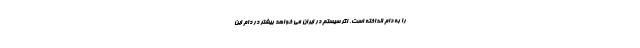
را به دام انداخته است. اگر سيستم در ايران مي خواهد بیشتر در دام اين